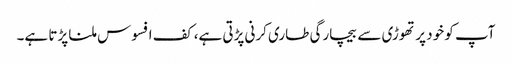
آپ کو خود پر تھوڑی سے بیچارگی طاری کرنی پڑتی ہے، کف افسوس ملنا پڑتا ہے۔